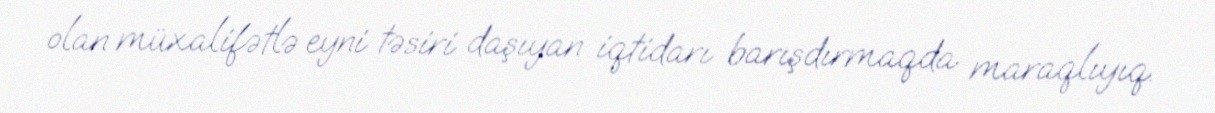
olan müxalifətlə eyni təsiri daşıyan iqtidarı barışdırmaqda maraqlıyıq.